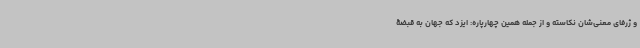
و ژرفای معنی‌شان نکاسته و از جمله همین چهارپاره: ایزد که جهان به قبضۀ